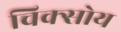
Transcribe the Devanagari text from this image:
चिक्सोय